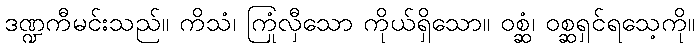
ဒဏ္ဍကီမင်းသည်။ ကိသံ၊ ကြုံလှီသော ကိုယ်ရှိသော။ ဝစ္ဆံ၊ ဝစ္ဆရှင်ရသေ့ကို။